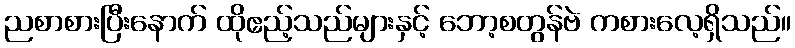
ညစာစားပြီးနောက် ထိုဧည့်သည်များနှင့် ဘော့စတွန်ဗဲ ကစားလေ့ရှိသည်။